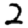
Digit: 2